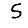
Digit: 5